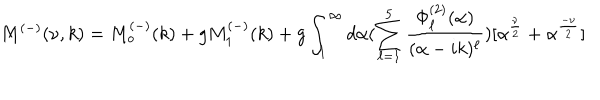
M ^ { ( - ) } ( \nu , k ) = M _ { o } ^ { ( - ) } ( k ) + g M _ { 1 } ^ { ( - ) } ( k ) + g \int _ { 1 } ^ { \infty } d \alpha ( \sum _ { \ell = 1 } ^ { 5 } \frac { \Phi _ { \ell } ^ { ( 2 ) } ( \alpha ) } { ( \alpha - i k ) ^ { \ell } } ) [ \alpha ^ { \frac { \nu } { 2 } } + \alpha ^ { \frac { - \nu } { 2 } } ]